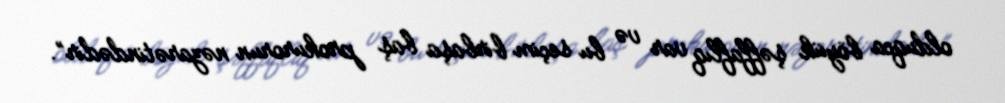
olduqca böyük şəffaflıq var və bu seçim birbaşa baş prokurorun nəzarətindədir”.